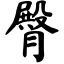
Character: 臀